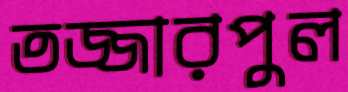
তজ্জারপুল